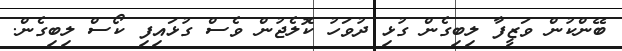
ބޭންކުން ވަޒީފާ ލިބިގެން ގުޅި ދުވަހު ކޮލެޖުން ވެސް ގުޅައިފި ކޯސް ލިބިގެން.